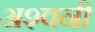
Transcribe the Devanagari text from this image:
अश्‍वनी